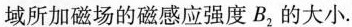
所加磁场的磁感应强度B_{2}的大小.